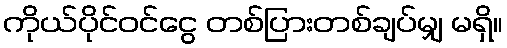
ကိုယ်ပိုင်ဝင်ငွေ တစ်ပြားတစ်ချပ်မျှ မရှိ။